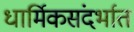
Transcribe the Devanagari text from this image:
धार्मिकसंदर्भात